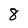
Character: 8